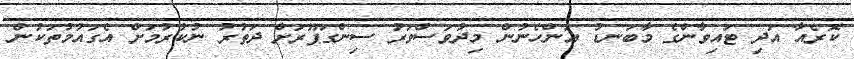
ކޮރެއާ އަދި ޓައިވާންގެ މާބަނޑު އަންހެނުން މިދުވަސްވަރު ސިންގަޕޫރަށް ދަތުރު ނުކުރުމަށް އެގައުމުތަކުން